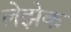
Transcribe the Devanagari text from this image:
लेझेक